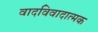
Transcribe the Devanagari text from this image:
वादविवादात्मक